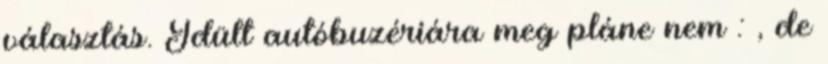
választás. Idült autóbuzériára meg pláne nem : , de